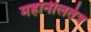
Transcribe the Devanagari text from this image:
महानीलतंत्र